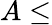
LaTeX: A\le